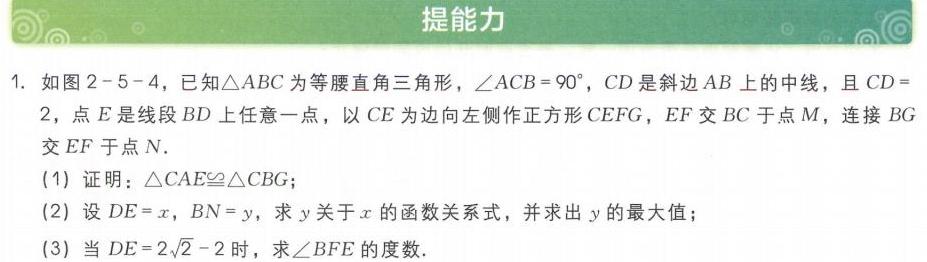
1. 如图2 - 5 - 4，已知\(\triangle ABC\)为等腰直角三角形，\(\angle ACB = 90^{\circ}\)，\(CD\)是斜边\(AB\)上的中线，且\(CD = 2\)，点\(E\)是线段\(BD\)上任意一点，以\(CE\)为边向左侧作正方形\(CEFG\)，\(EF\)交\(BC\)于点\(M\)，连接\(BG\)交\(EF\)于点\(N\).
(1) 证明：\(\triangle CAE\cong\triangle CBG\)；
(2) 设\(DE = x\)，\(BN = y\)，求\(y\)关于\(x\)的函数关系式，并求出\(y\)的最大值；
(3) 当\(DE = 2\sqrt{2}-2\)时，求\(\angle BFE\)的度数.